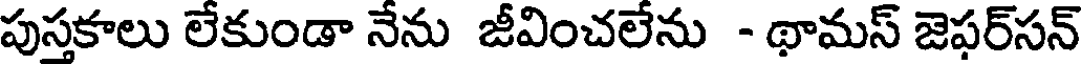
పుస్తకాలు లేకుండా నేను జీవించలేను - థామస్ జెఫర్సన్